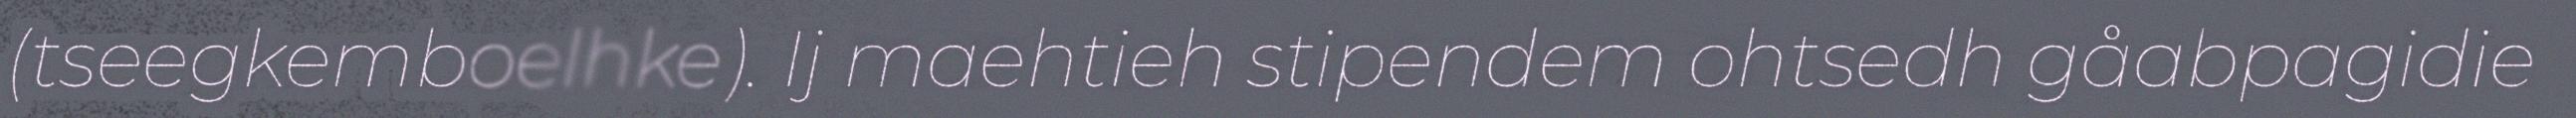
(tseegkemboelhke). Ij maehtieh stipendem ohtsedh gåabpagidie